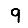
Digit: 9